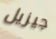
جيزيل